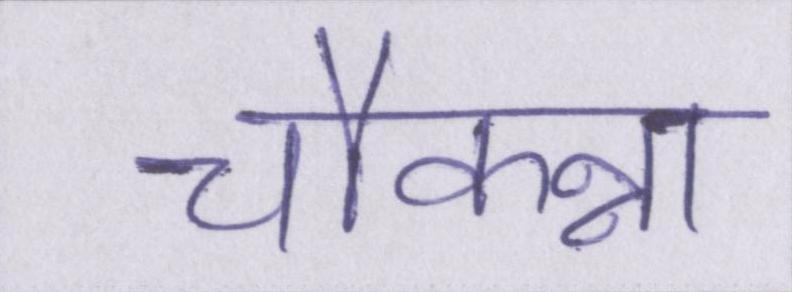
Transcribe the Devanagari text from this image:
चौकन्ना